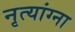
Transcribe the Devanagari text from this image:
नृत्यांग्ना